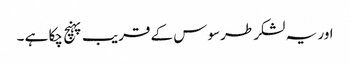
اور یہ لشکر طرسوس کے قریب پہنچ چکا ہے ۔